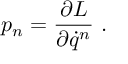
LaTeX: p _ { n } = \frac { \partial L } { \partial \dot { q } ^ { n } } \ .